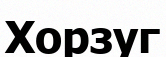
Хорзуг